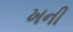
ખની